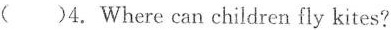
( )4. Where can children fly kites?